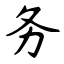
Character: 务